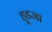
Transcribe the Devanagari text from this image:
हूडजा